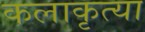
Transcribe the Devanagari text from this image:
कलाकृत्या